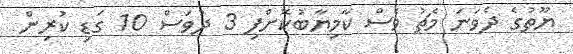
ޔޫތުގެ ދެވަނަ މެޗު ވެސް ކާމިޔާބުކޮށްފި 3 ދުވަސް 10 ގަޑި ކުރިން